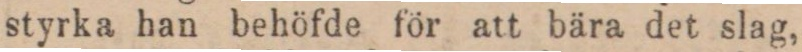
styrka han behöfde för att bära det slag,